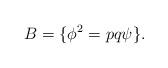
LaTeX: \begin{align*} B = \{ \phi^2 = p q \psi \}.\end{align*}